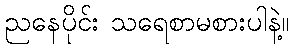
ညနေပိုင်း သရေစာမစားပါနဲ့။